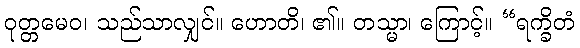
ဝုတ္တမေဝ၊ သည်သာလျှင်။ ဟောတိ၊ ၏။ တသ္မာ၊ ကြောင့်။ “ရက္ခိတံ